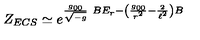
Z _ { E C S } \simeq e ^ { \frac { g _ { 0 0 } } { \sqrt { - g } } \ B E _ { r } - \left( \frac { g _ { 0 0 } } { r ^ { 2 } } - \frac { 2 } { \ell ^ { 2 } } \right) B }